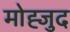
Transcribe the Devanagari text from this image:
मोह्जुद